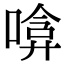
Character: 𠹞